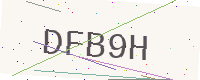
Text: DFB9H